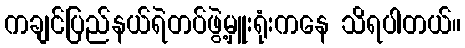
ကချင်ပြည်နယ်ရဲတပ်ဖွဲ့မှူးရုံးကနေ သိရပါတယ်။